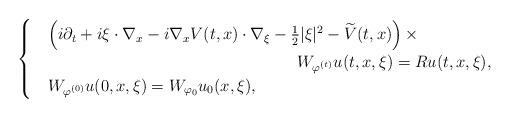
LaTeX: \begin{align*}\begin{cases} & \left(i\partial_t + i\xi\cdot \nabla_x -i\nabla_x V(t,x) \cdot\nabla_{\xi} -\frac{1}{2}|\xi |^2-\widetilde{V}(t,x)\right) \times\\&\phantom{xxxxxxxxxxxxxxxxxxxxxxxxxxx} W_{\varphi^ {(t)}}u(t,x,\xi ) =Ru(t,x,\xi ), \\&W_{\varphi^{(0)}}u(0,x,\xi ) = W_{\varphi_0}u_0(x,\xi ),\end{cases} \end{align*}